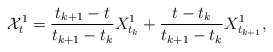
\begin{align*}\mathcal{X}^{1}_t=\frac{t_{k+1}-t}{t_{k+1}-t_k}{X}^{1}_{t_k}+\frac{t-t_k}{t_{k+1}-t_k}{X}^{1}_{t_{k+1}},\end{align*}